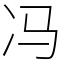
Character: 冯